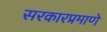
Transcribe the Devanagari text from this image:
सरकारप्रमाणे